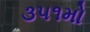
૩૫૧મો